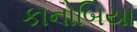
કાનોબિયા